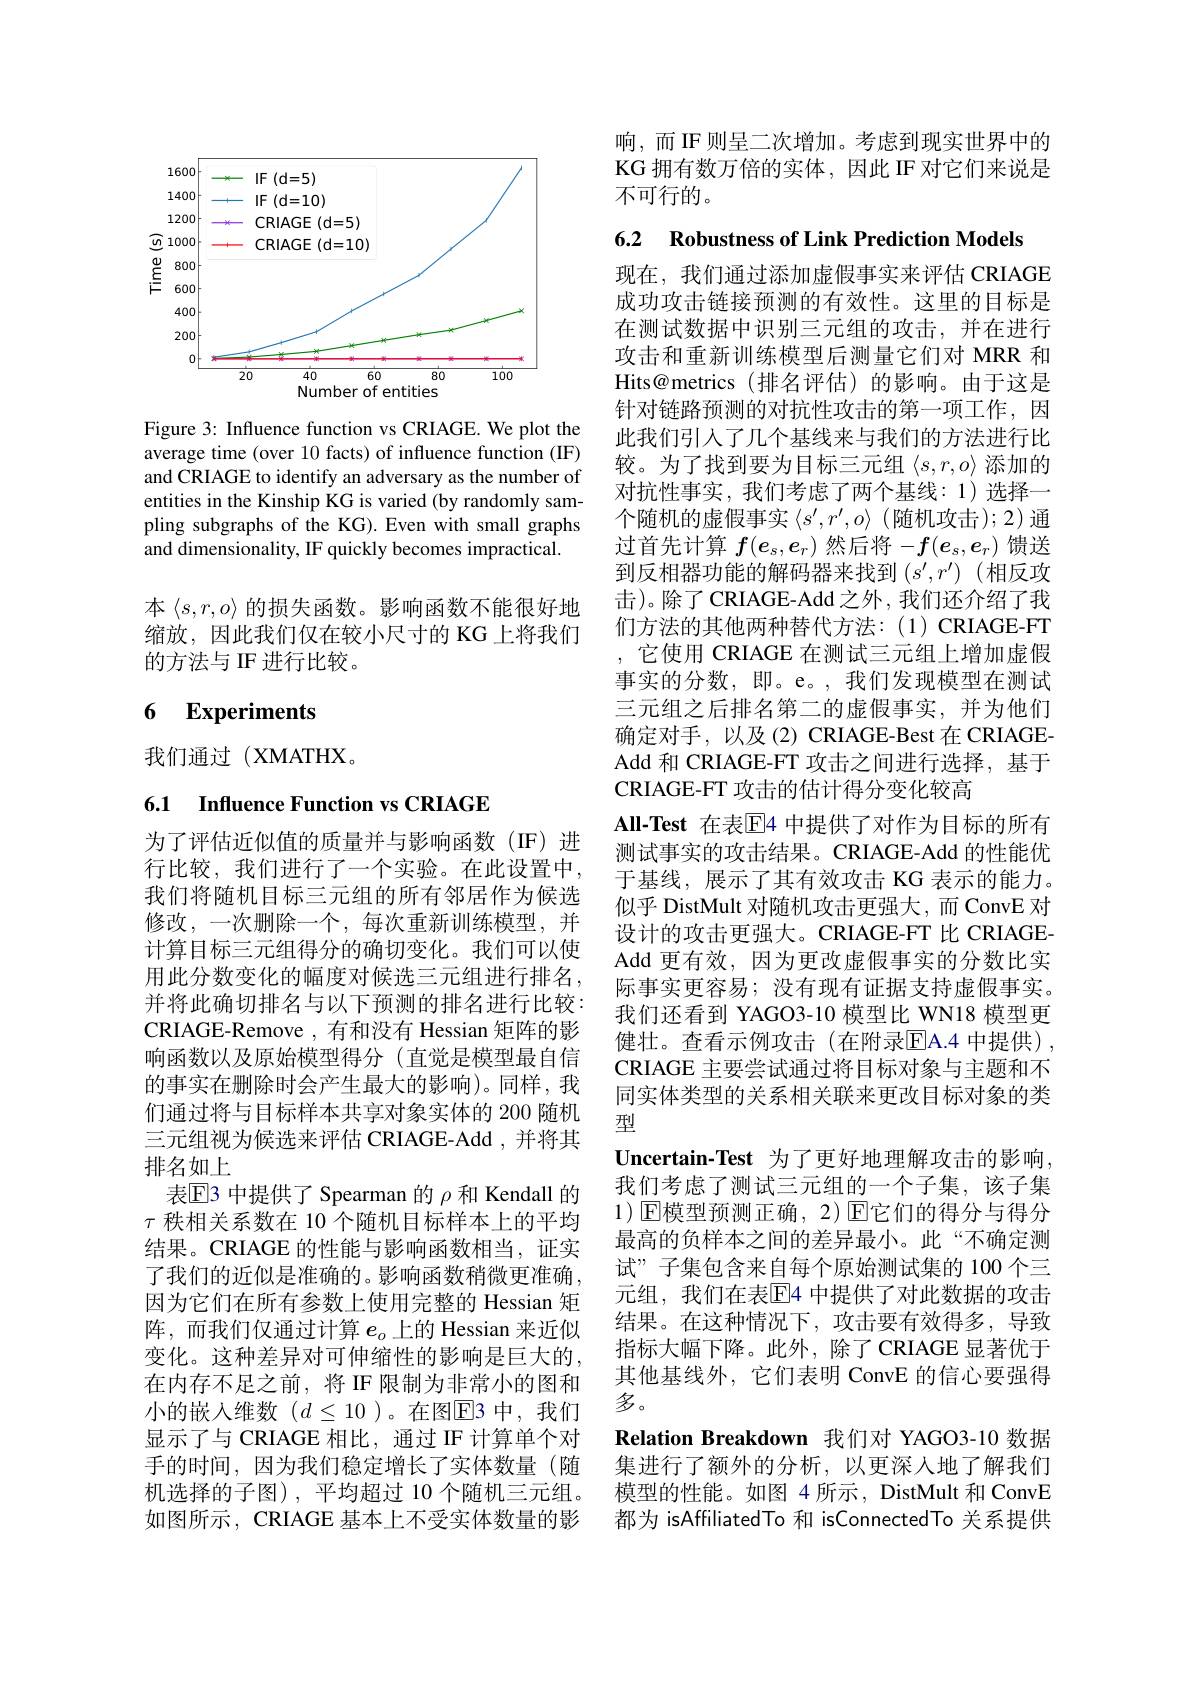
<FigureHere>

Figure 3: Influence function vs CRIAGE. We plot the average time (over 10 facts) of influence function (IF) and CRIAGE to identify an adversary as the number of entities in the Kinship KG is varied (by randomly sampling subgraphs of the KG). Even with small graphs and dimensionality, IF quickly becomes impractical.

本$\langle s,r,o\rangle$的损失函数。影响函数不能很好地缩放，因此我们仅在较小尺寸的 KG 上将我们的方法与 IF 进行比较。

## 6 Experiments

我们通过(XMATHX。

6.1 Influence Function vs CRIAGE

为了评估近似值的质量并与影响函数(IF)进行比较，我们进行了一个实验。在此设置中， 我们将随机目标三元组的所有邻居作为候选修改，一次删除一个，每次重新训练模型，并计算目标三元组得分的确切变化。我们可以使用此分数变化的幅度对候选三元组进行排名， 并将此确切排名与以下预测的排名进行比较： CRIAGE-Remove ,有和没有 Hessian 矩阵的影响函数以及原始模型得分 (直觉是模型最自信的事实在删除时会产生最大的影响)。同样，我们通过将与目标样本共享对象实体的 200 随机三元组视为候选来评估 CRIAGE-Add , 并将其排名如上
表$\operatorname{E}$3 中提供了 Spearman 的 $\rho$ 和 Kendall 的$\tau$秩相关系数在 10 个随机目标样本上的平均结果。CRIAGE 的性能与影响函数相当，证实了我们的近似是准确的。影响函数稍微更准确， 因为它们在所有参数上使用完整的 Hessian 矩阵，而我们仅通过计算$e_o$上的 Hessian 来近似变化。这种差异对可伸缩性的影响是巨大的， 在内存不足之前，将 IF 限制为非常小的图和小的嵌入维数($d\leq10$)。在图$\overline{\mathrm{E}}$3 中，我们显示了与 CRIAGE 相比，通过 IF 计算单个对手的时间，因为我们稳定增长了实体数量(随机选择的子图),平均超过 10 个随机三元组。如图所示，CRIAGE 基本上不受实体数量的影

响，而IF则呈二次增加。考虑到现实世界中的KG 拥有数万倍的实体，因此 IF 对它们来说是不可行的。

6.2 Robustness of Link Prediction Models

现在，我们通过添加虚假事实来评估 CRIAGE 成功攻击链接预测的有效性。这里的目标是在测试数据中识别三元组的攻击，并在进行攻击和重新训练模型后测量它们对 MRR 和Hits@metrics (排名评估)的影响。由于这是针对链路预测的对抗性攻击的第一项工作，因此我们引入了几个基线来与我们的方法进行比较。为了找到要为目标三元组$\langle s,r,o\rangle$添加的对抗性事实，我们考虑了两个基线：1)选择一个随机的虚假事实$\left\langle s^\prime,r^\prime,o\right\rangle$(随机攻击);2)通过首先计算$f(e_s,e_r)$然后将$-f(e_s,e_r)$馈送到反相器功能的解码器来找到$\left(s^{\prime},r^{\prime}\right)$(相反攻击)。除了 CRIAGE-Add 之外，我们还介绍了我们方法的其他两种替代方法：(1)CRIAGE-FT ,它使用 CRIAGE 在测试三元组上增加虚假事实的分数，即。e。,我们发现模型在测试三元组之后排名第二的虚假事实，并为他们确定对手，以及(2) CRIAGE-Best 在 CRIAGEAdd 和 CRIAGE-FT 攻击之间进行选择，基于CRIAGE-FT 攻击的估计得分变化较高
All-Test 在表$\overline{\mathrm{E}}$4 中提供了对作为目标的所有测试事实的攻击结果。CRIAGE-Add 的性能优于基线，展示了其有效攻击 KG 表示的能力。似乎 DistMult 对随机攻击更强大，而 ConvE 对设计的攻击更强大。CRIAGE-FT 比 CRIAGEAdd 更有效，因为更改虚假事实的分数比实际事实更容易；没有现有证据支持虚假事实。我们还看到 YAGO3-10 模型比 WN18 模型更健壮。查看示例攻击(在附录$\overline{\mathrm{E}}$A.4 中提供), CRIAGE 主要尝试通过将目标对象与主题和不同实体类型的关系相关联来更改目标对象的类型
Uncertain-Test 为了更好地理解攻击的影响， 我们考虑了测试三元组的一个子集，该子集$1)\operatorname{E}$模型预测正确$,2)\operatorname{E}$它们的得分与得分最高的负样本之间的差异最小。此“不确定测试”子集包含来自每个原始测试集的 100 个三元组，我们在表$\overline{\mathrm{E}}$4 中提供了对此数据的攻击结果。在这种情况下，攻击要有效得多，导致指标大幅下降。此外，除了 CRIAGE 显著优于其他基线外，它们表明 ConvE 的信心要强得多。
Relation Breakdown 我们对 YAGO3-10 数据集进行了额外的分析，以更深入地了解我们模型的性能。如图 4 所示，DistMult 和 ConvE 都为 isAffiliatedTo 和 isConnectedTo 关系提供